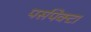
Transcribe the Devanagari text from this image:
पर्सपेक्टा